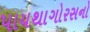
પાયથાગોરસનો